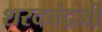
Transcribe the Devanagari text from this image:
शरदचंद्रजी